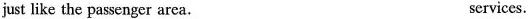
just like the passenger area. services.